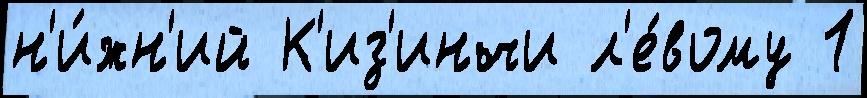
н'и́жн'ий К'из'инчи л'е́вому 1